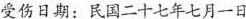
受伤日期：民国二十七年七月一日